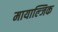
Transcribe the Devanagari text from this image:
मायाल्जिक